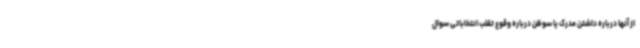
از آنها درباره داشتن مدرک یا سوظن درباره وقوع تقلب انتخاباتی سوال